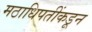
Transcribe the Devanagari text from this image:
मठाधिपतींकडून